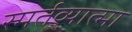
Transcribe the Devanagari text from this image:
स्मर्तव्यात्मा